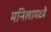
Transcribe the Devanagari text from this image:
मनिलामध्ये